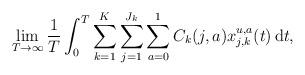
LaTeX: \begin{align*} \lim_{T\to\infty}\frac{1}{T}\int_0^T \sum_{k=1}^K\sum_{j=1}^{J_k} \sum_{a=0}^1 C_{k}(j,a)x_{j,k}^{u,a}(t) \,\mathrm{d}t,\end{align*}